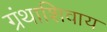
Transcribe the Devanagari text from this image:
ग्रंथाशिवाय